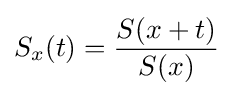
S_{x}(t)={\frac {S(x+t)}{S(x)}}